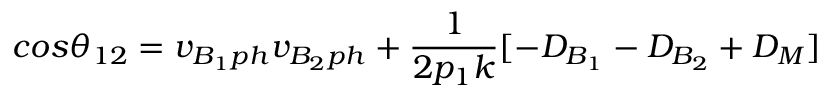
c o s \theta _ { 1 2 } = v _ { B _ { 1 } p h } v _ { B _ { 2 } p h } + \frac { 1 } { 2 p _ { 1 } k } [ - D _ { B _ { 1 } } - D _ { B _ { 2 } } + D _ { M } ]